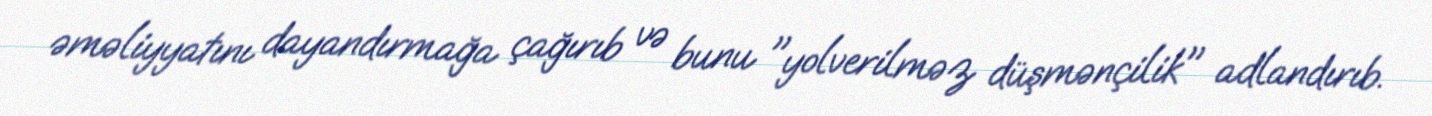
əməliyyatını dayandırmağa çağırıb və bunu "yolverilməz düşmənçilik" adlandırıb.